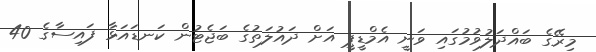
މިރޭގެ ބައްދަލުވުމުގައި ވަނީ އެމްޑީޕީ އަށް ދައުލަތުގެ ބަޖެޓުން ކަނޑައަޅާ ފައިސާގެ 40